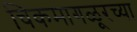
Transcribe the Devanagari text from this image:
चिकमागळूरच्या